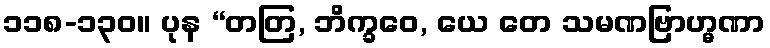
၁၁၈-၁၃၀။ ပုန “တတြ, ဘိက္ခဝေ, ယေ တေ သမဏဗြာဟ္မဏာ